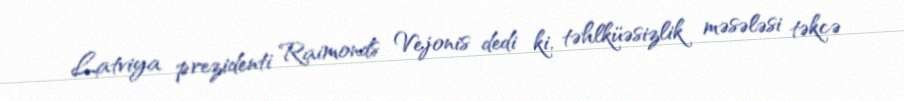
Latviya prezidenti Raimonds Vejonis dedi ki, təhlküəsizlik məsələsi təkcə